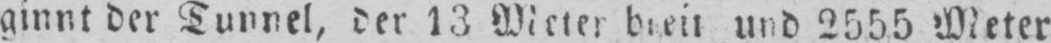
ginnt der Tunnel, der 13 Meter breit und 2555 Meter